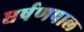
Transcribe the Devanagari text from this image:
घर्षणपाल